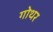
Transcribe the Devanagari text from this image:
गोथर